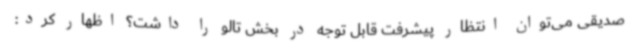
صدیقی می‌توان انتظار پیشرفت قابل توجه در بخش تالو را داشت؟ اظهار کرد: